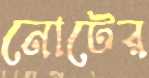
নোটের